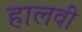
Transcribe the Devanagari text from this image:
हालवी